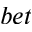
b e t